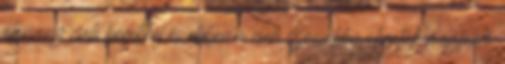
alacsony cseh bérekkel és ebben a cseh szociáldemokraták megfelelő